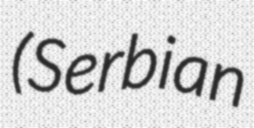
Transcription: (Serbian